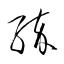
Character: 綷